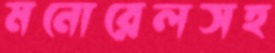
মনোরেলসহ